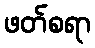
ဖတ်စရာ